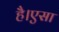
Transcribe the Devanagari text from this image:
है।एसा